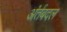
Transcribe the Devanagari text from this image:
अंर्तबदल